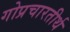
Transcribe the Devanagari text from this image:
गोप्रचारतीर्थ